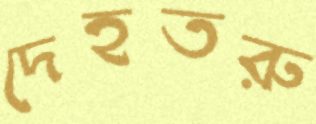
দেহতরু